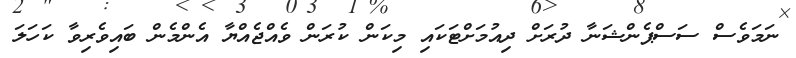
ނަމަވެސް ސަސްޕެންޝަނާ ދުރަށް ދިއުމަށްޓަކައި މިކަން ކުރަން ވެއްޖެއްޔާ އެންމެން ބައިވެރިވާ ކަހަލަ